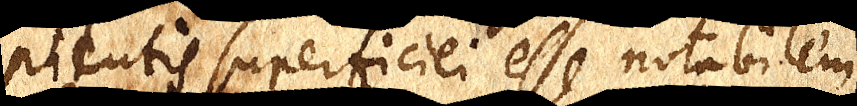
pientis superficiei esse notabilem